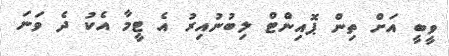
ވީބީ އަށް ތިން ޕޮއިންޓް ލިބުނުއިރު އެ ޓީމާ އެކު ދެ ވަނަ